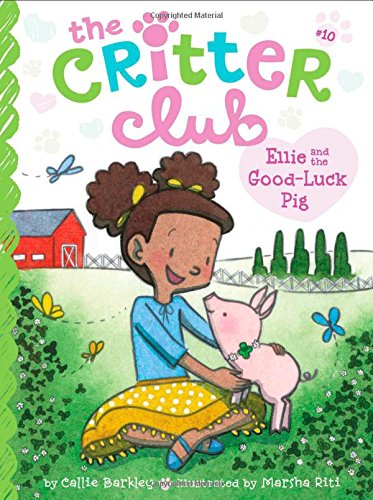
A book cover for Ellie and the Good-Luck Pig (The Critter Club); Callie Barkley; Children's Books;